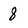
Character: 8